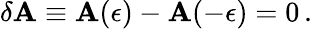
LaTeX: \delta{\mathbf A}\equiv{\mathbf A}(\epsilon)-{\mathbf A}(-\epsilon)=0\, .